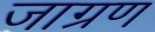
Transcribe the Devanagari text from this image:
जाग्रण